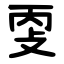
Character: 㪅